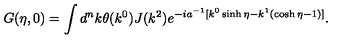
G ( \eta , 0 ) = \int d ^ { n } k \theta ( k ^ { 0 } ) J ( k ^ { 2 } ) e ^ { - i a ^ { - 1 } [ k ^ { 0 } \sinh \eta - k ^ { 1 } ( \cosh \eta - 1 ) ] } .